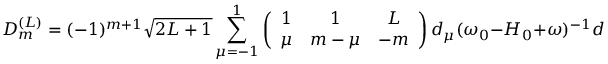
{ \cal { D } } _ { m } ^ { ( L ) } = ( - 1 ) ^ { m + 1 } \sqrt { 2 L + 1 } \sum _ { \mu = - 1 } ^ { 1 } \left( \begin{array} { c c c } { 1 } & { 1 } & { L } \\ { \mu } & { m - \mu } & { - m } \end{array} \right) d _ { \mu } ( \omega _ { 0 } - H _ { 0 } + \omega ) ^ { - 1 } d _ { m - \mu } .